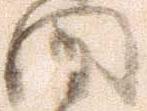
聞